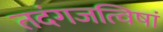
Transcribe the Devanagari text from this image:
तदंगजत्विषां